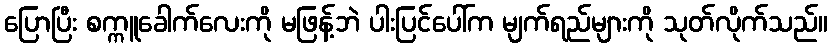
ပြောပြီး စက္ကူခေါက်လေးကို မဖြန့်ဘဲ ပါးပြင်ပေါ်က မျက်ရည်များကို သုတ်လိုက်သည်။